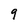
Character: 9